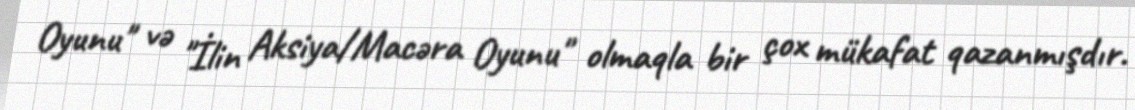
Oyunu" və "İlin Aksiya/Macəra Oyunu" olmaqla bir çox mükafat qazanmışdır.